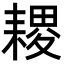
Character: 𦔎